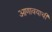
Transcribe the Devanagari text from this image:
आणावयाची